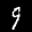
Label: 9